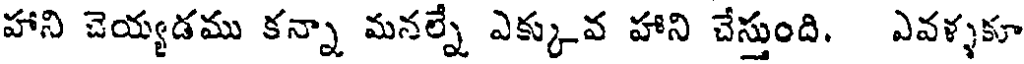
హాని చెయ్యడము కన్నా మనల్నే ఎక్కువ హాని చేస్తుంది. ఎవళ్ళకూ